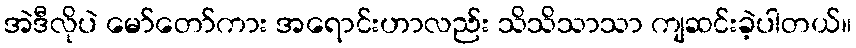
အဲဒီလိုပဲ မော်တော်ကား အရောင်းဟာလည်း သိသိသာသာ ကျဆင်းခဲ့ပါတယ်။